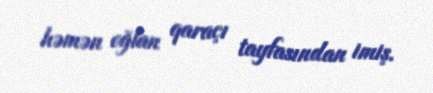
həmən oğlan qaraçı tayfasından imiş.